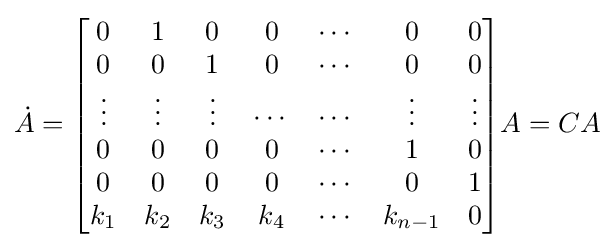
{\dot {A}}={\begin{bmatrix}0&1&0&0&\cdots &0&0\\0&0&1&0&\cdots &0&0\\\vdots &\vdots &\vdots &\cdots &\cdots &\vdots &\vdots \\0&0&0&0&\cdots &1&0\\0&0&0&0&\cdots &0&1\\k_{1}&k_{2}&k_{3}&k_{4}&\cdots &k_{n-1}&0\end{bmatrix}}A=CA